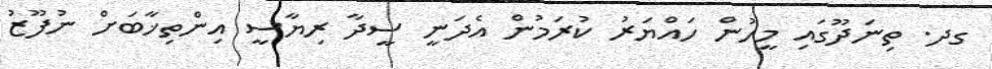
ގދ. ތިނަދޫގައި މީހުން ހައްޔަރު ކުރަމުން އެދަނީ ސީދާ ރިޔާސީ އިންތިޚާބަށް ނުފޫޒު